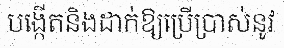
បង្កើតនិងដាក់ឱ្យប្រើប្រាស់នូវ